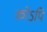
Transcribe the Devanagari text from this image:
कोऽपि